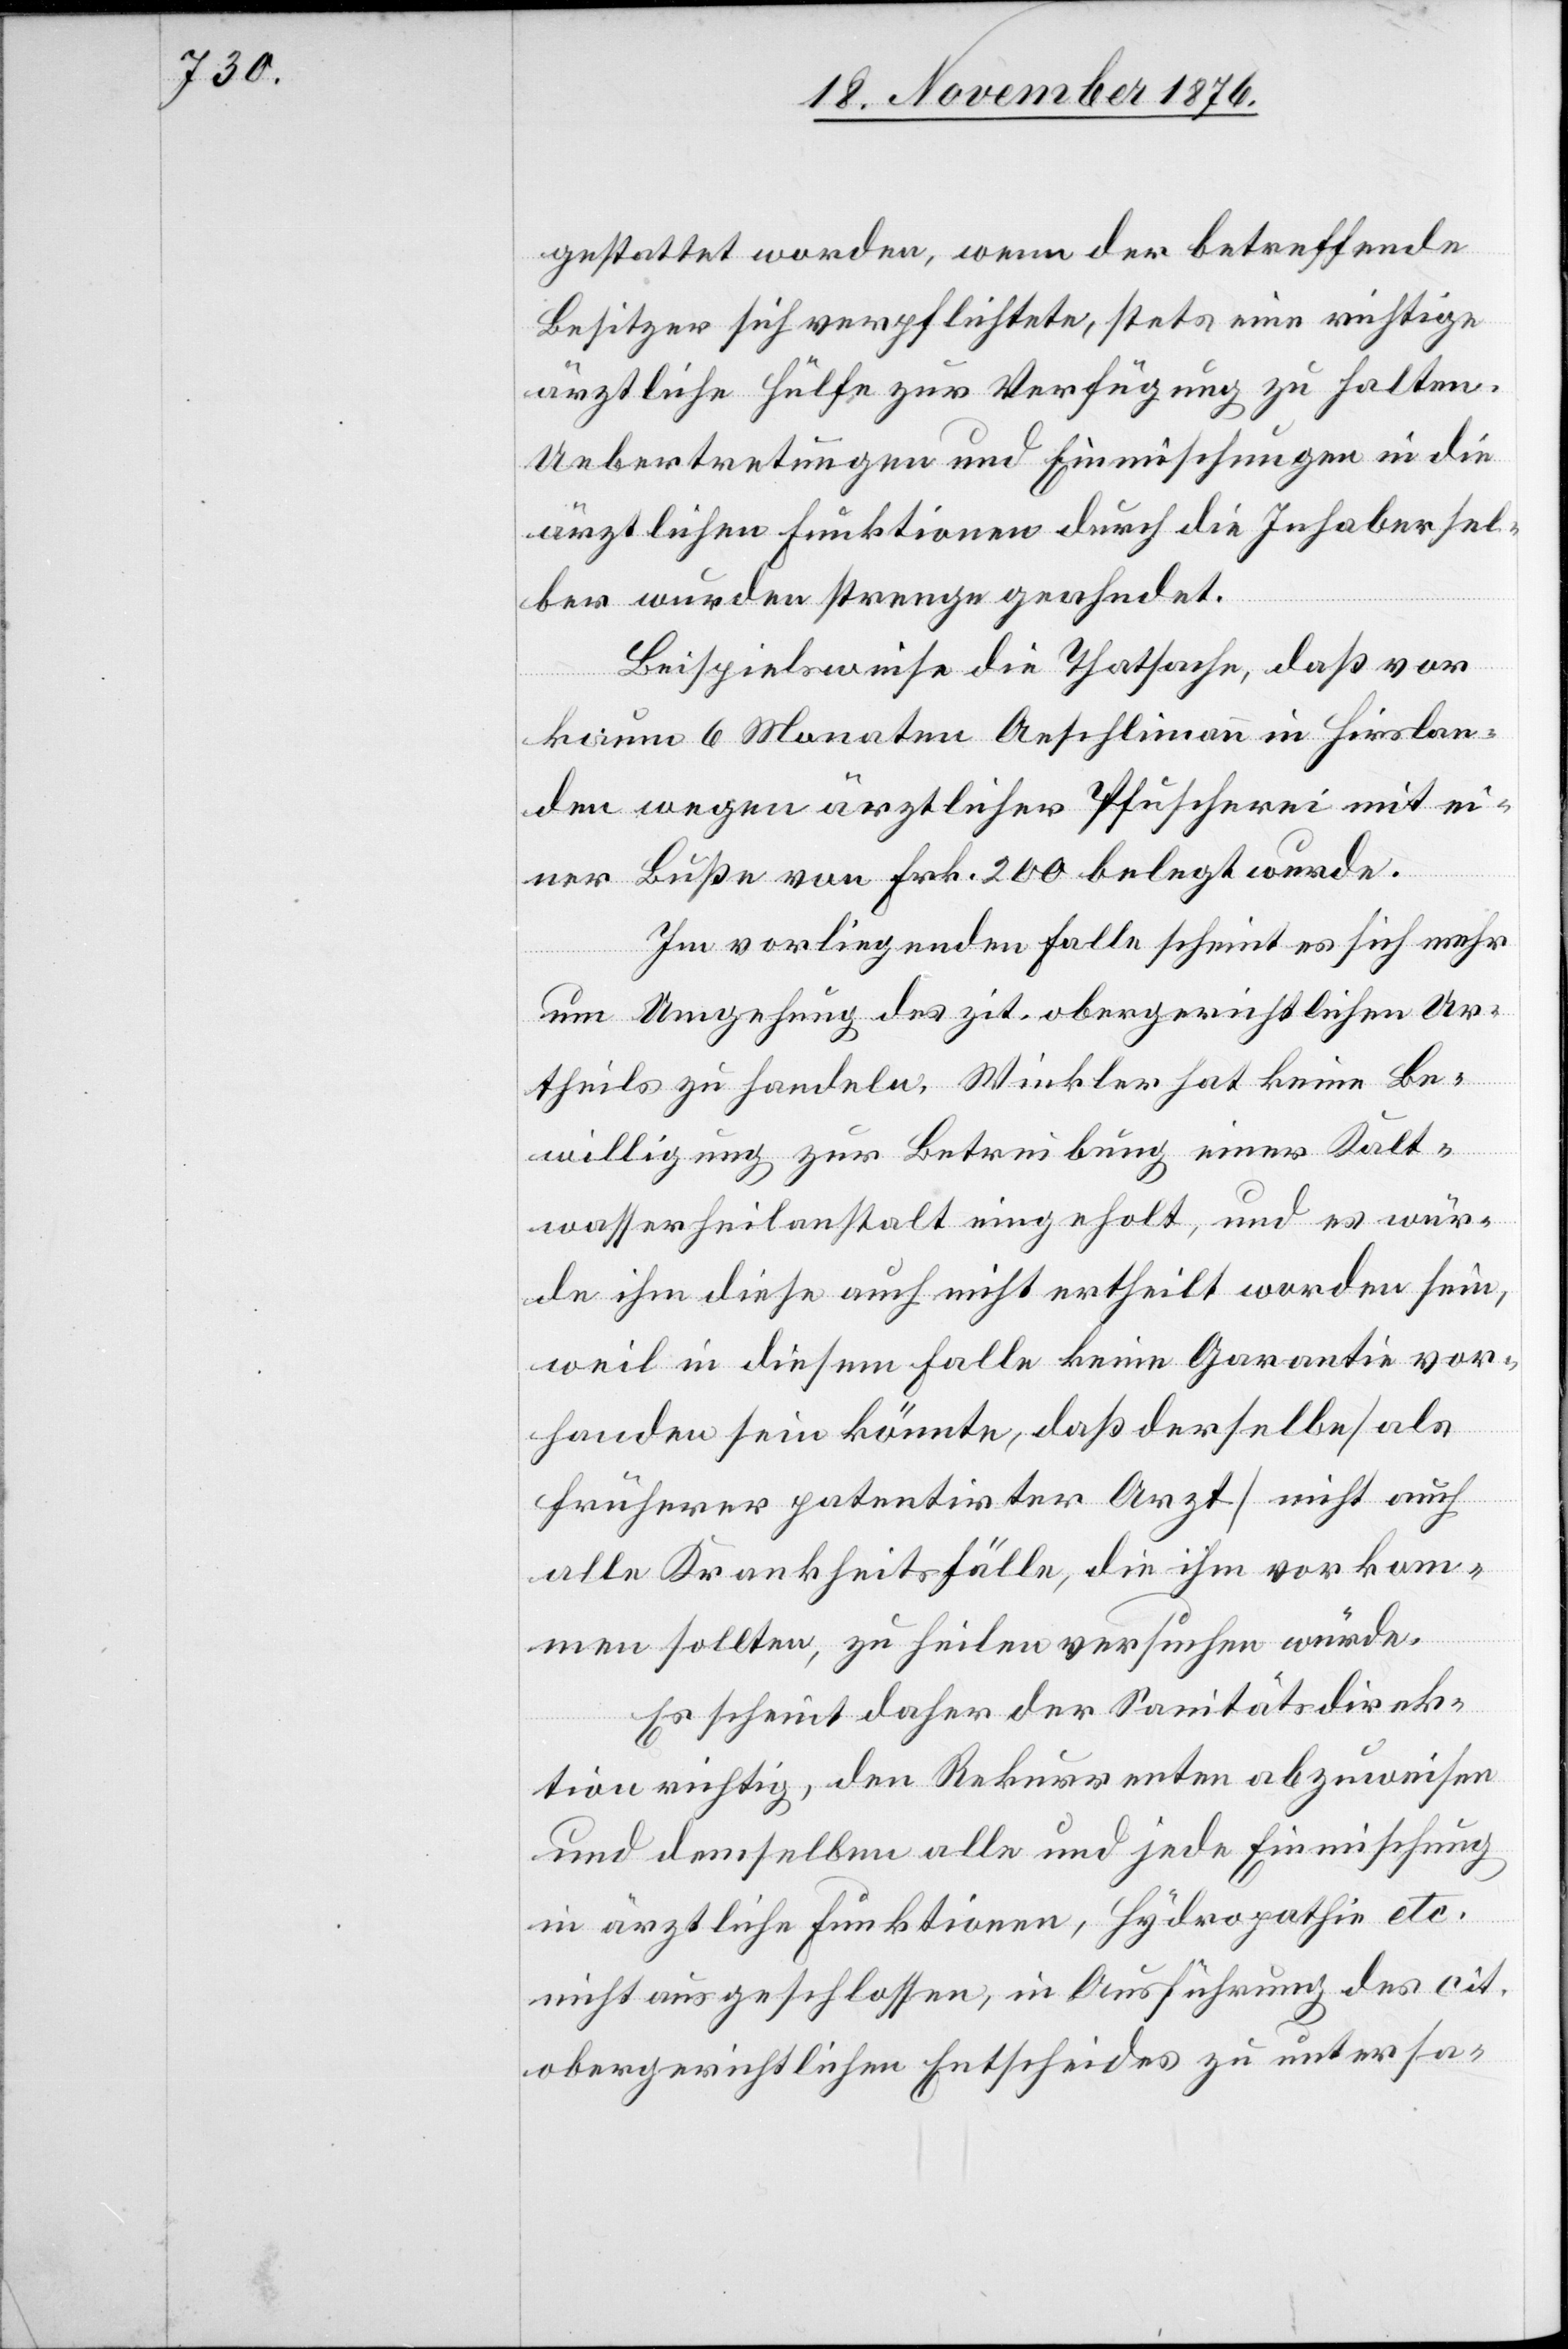
gestattet worden, wenn der betreffende
Besitzer sich verpflichtete, stets eine richtige
ärztliche Hülfe zur Verfügung zu halten.
Uebertretungen und Einmischungen in die
ärztlichen Funktionen durch die Inhaber sel¬
ber wurden strenge geahndet.
Beispielsweise die Thatsache, daß vor
kaum 6 Monaten Aeschlimann in Hirslan¬
den wegen ärztlicher Pfuscherei mit ei¬
ner Buße von Frk. 200 belegt wurde.
Im vorliegenden Falle scheint es sich mehr
um Umgehung des zit. obergerichtlichen Ur¬
theils zu handeln. Winkler hat keine Be¬
willigung zur Betreibung einer Kalt¬
wasserheilanstalt eingeholt, und es wür¬
de ihm diese auch nicht ertheilt worden sein,
weil in diesem Falle keine Garantie vor¬
handen sein könnte, daß derselbe [als
früherer patentirter Arzt] nicht auch
alle Krankheitsfälle, die ihm vorkom¬
men sollten, zu heilen versuchen würde.
Es scheint daher der Sanitätsdirek¬
tion richtig, den Rekurrenten abzuweisen
und demselben alle und jede Einmischung
in ärztliche Funktionen, Hydropathie etc.
nicht ausgeschlossen, in Ausführung des cit.
obergerichtlichen Entscheides zu untersa-